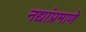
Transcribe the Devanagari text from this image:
नद्यांप्रमाणे